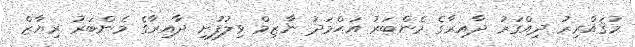
މުޤައްރިރު ދިއްގަރު ދާއިރާގެ މެންބަރު އަޙްމަދު ނާޒިމް ވިލުފުށި ދާއިރާގެ މެންބަރު ރިޔާޒް